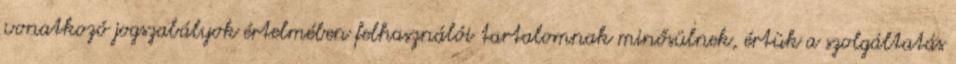
vonatkozó jogszabályok értelmében felhasználói tartalomnak minősülnek, értük a szolgáltatás